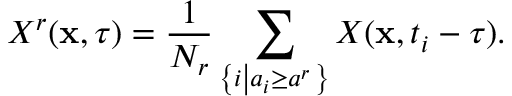
X ^ { r } ( \mathbf { x } , \tau ) = \frac { 1 } { N _ { r } } \sum _ { \left\{ i \left| a _ { i } \geq a ^ { r } \right. \right\} } X ( \mathbf { x } , t _ { i } - \tau ) .